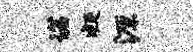
诺凝源